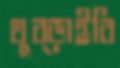
থুব্‌ড়াইবি